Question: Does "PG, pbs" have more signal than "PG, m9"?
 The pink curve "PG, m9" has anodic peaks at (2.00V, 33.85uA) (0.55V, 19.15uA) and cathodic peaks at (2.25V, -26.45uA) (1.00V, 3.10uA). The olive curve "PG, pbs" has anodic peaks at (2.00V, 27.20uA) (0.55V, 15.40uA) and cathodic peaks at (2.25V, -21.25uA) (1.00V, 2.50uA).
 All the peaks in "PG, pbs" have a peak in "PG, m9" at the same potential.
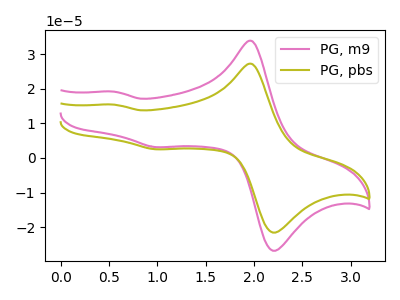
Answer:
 <answer>I cant tell if "PG, pbs" or "PG, m9" has more signal.</answer>
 <eval>mixed_signal</eval>